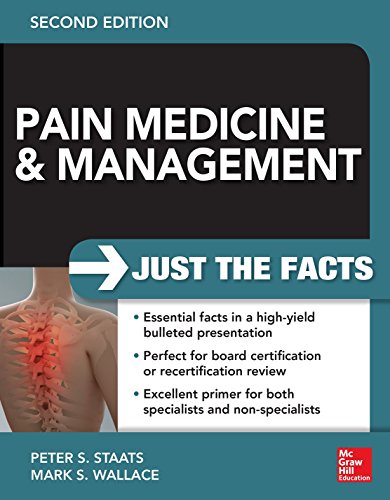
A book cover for Pain Medicine and Management: Just the Facts, 2e; Peter Staats; Medical Books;